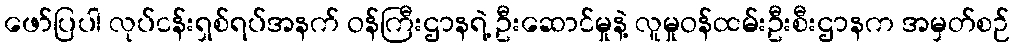
ဖော်ပြပါ လုပ်ငန်းရှစ်ရပ်အနက် ဝန်ကြီးဌာနရဲ့ ဦးဆောင်မှုနဲ့ လူမှုဝန်ထမ်းဦးစီးဌာနက အမှတ်စဉ်